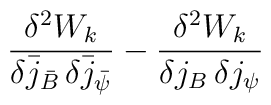
\frac{\delta^2 W_k}{\delta \bar j_{\bar B}\,\delta \bar          j_{\bar\psi}}  -                 \frac{\delta^2 W_k}{ \delta j_B           \,\delta j_\psi}